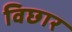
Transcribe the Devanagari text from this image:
विछार